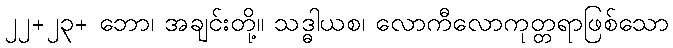
၂၂+၂၃+ ဘော၊ အချင်းတို့။ သဒ္ဓါယစ၊ လောကီလောကုတ္တရာဖြစ်သော